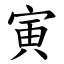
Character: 寅